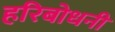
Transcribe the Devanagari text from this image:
हरिबोधनी